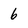
Character: 6